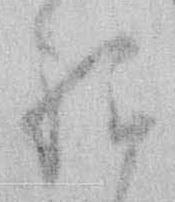
程